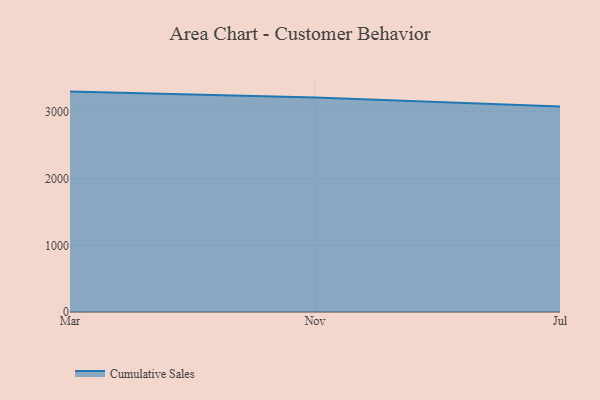
{"axis": {"x": "Month", "y": "Revenue (USD Million)"}, "legend": ["Cumulative Sales"], "data": [{"x": "Mar", "y": 3304.7, "type": "Cumulative Sales"}, {"x": "Nov", "y": 3216.7, "type": "Cumulative Sales"}, {"x": "Jul", "y": 3081.3, "type": "Cumulative Sales"}]}